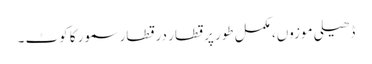
ڈھیلی موزوں، مکمل طور پر قطار در قطار سمور کا کوٹ ۔